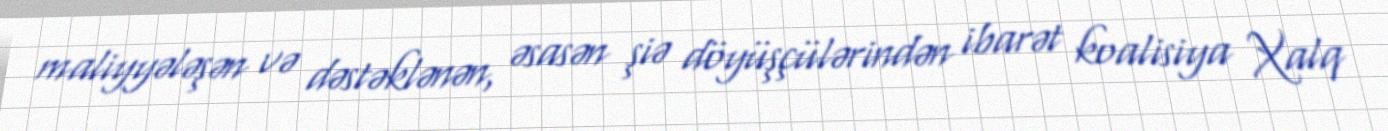
maliyyələşən və dəstəklənən, əsasən şiə döyüşçülərindən ibarət koalisiya Xalq